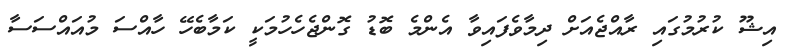
އިޝޫ ކުރުމުގައި ރާއްޖެއަށް ދިމާވެފައިވާ އެންމެ ބޮޑު ގޮންޖެހެހުމަކީ ކަމާބެހޭ ހާއްސަ މުއައްސަސާ